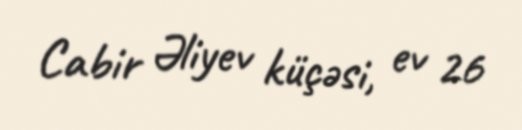
Cabir Əliyev küçəsi, ev 26